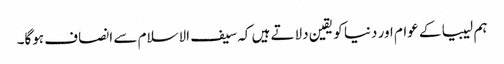
ہم لیبیا کے عوام اور دنیا کو یقین دلاتے ہیں کہ سیف الاسلام سے انصاف ہوگا۔